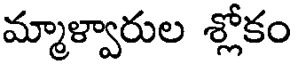
మ్మాళ్వారుల శ్లోకం